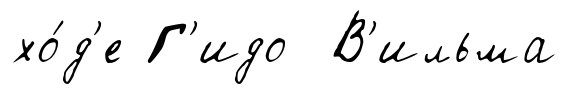
хо́д'е Г'идо В'ильма